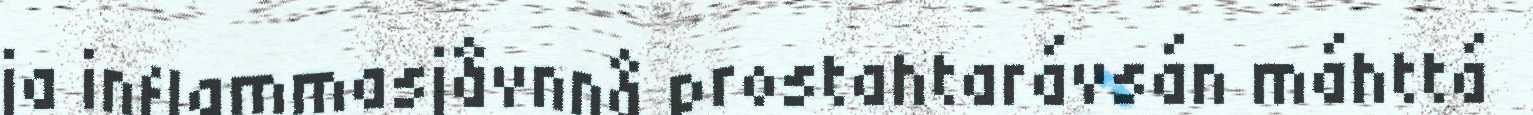
ja inflammasjåvnnå prostahtarávsán máhttá